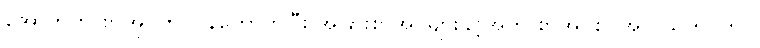
အောက်က စာအုပ်ကို ပြန်ကောက်ပြီး အခြားစာအုပ်များနှင့်အတူ စာအုပ်စင်အလယ်ထပ်တွင်